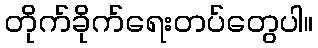
တိုက်ခိုက်ရေးတပ်တွေပါ။